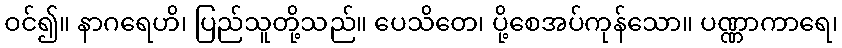
ဝင်၍။ နာဂရေဟိ၊ ပြည်သူတို့သည်။ ပေသိတေ၊ ပို့စေအပ်ကုန်သော။ ပဏ္ဏာကာရေ၊